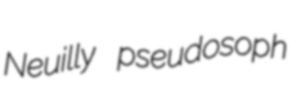
Neuilly pseudosoph